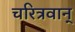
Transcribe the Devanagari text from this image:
चरित्रवान्‌